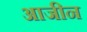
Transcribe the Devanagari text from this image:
आजीन